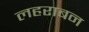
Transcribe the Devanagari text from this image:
लहराबन